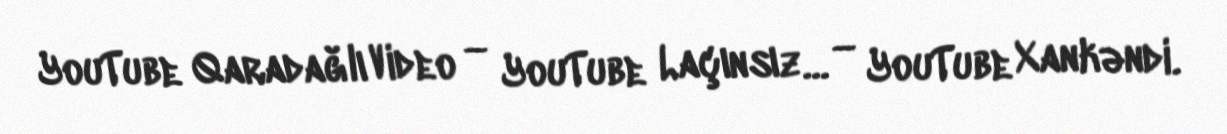
YouTube Qaradağlı Video — YouTube Laçınsız… — YouTube Xankəndi.